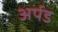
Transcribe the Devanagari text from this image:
अर्पड